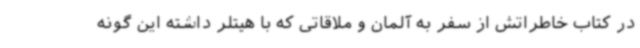
در کتاب خاطراتش از سفر به آلمان و ملاقاتی که با هیتلر داشته این گونه